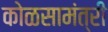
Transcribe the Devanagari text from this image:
कोळसामंत्री